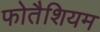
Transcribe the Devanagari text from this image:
फोतैशियम